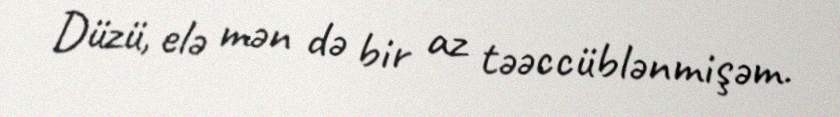
Düzü, elə mən də bir az təəccüblənmişəm.